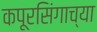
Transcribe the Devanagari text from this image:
कपूरसिंगाच्या